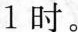
1时。